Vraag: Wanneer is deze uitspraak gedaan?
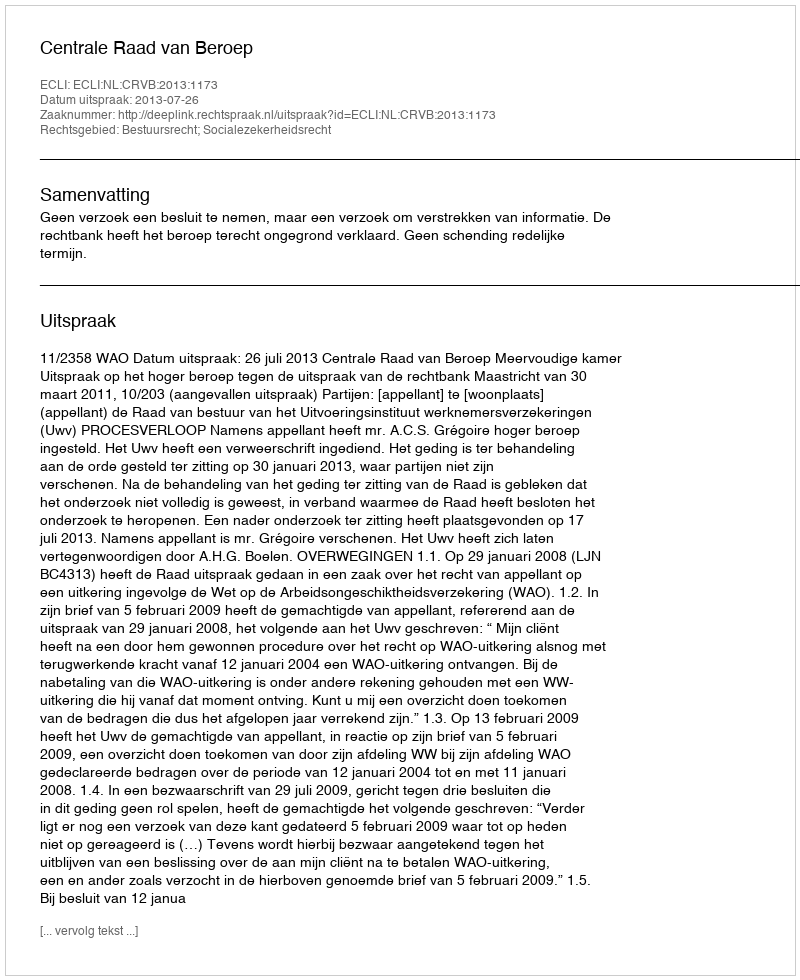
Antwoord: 2013-07-26